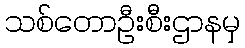
သစ်တောဦးစီးဌာနမှ